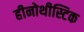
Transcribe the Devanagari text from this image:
हीनोथीस्टिक